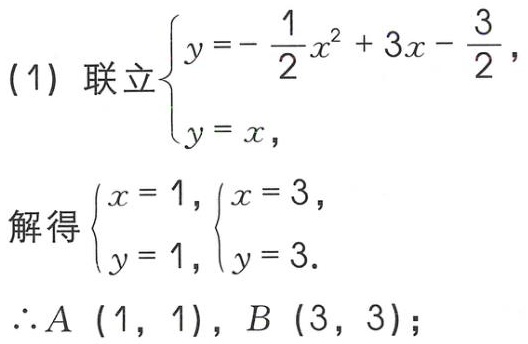
(1) 联立$\begin{cases}y = - \dfrac{1}{2}x^{2}+3x - \dfrac{3}{2},\\y = x,\end{cases}$
解得$\begin{cases}x = 1,\\y = 1,\end{cases}\begin{cases}x = 3,\\y = 3.\end{cases}$
$\therefore A(1,1),B(3,3);$